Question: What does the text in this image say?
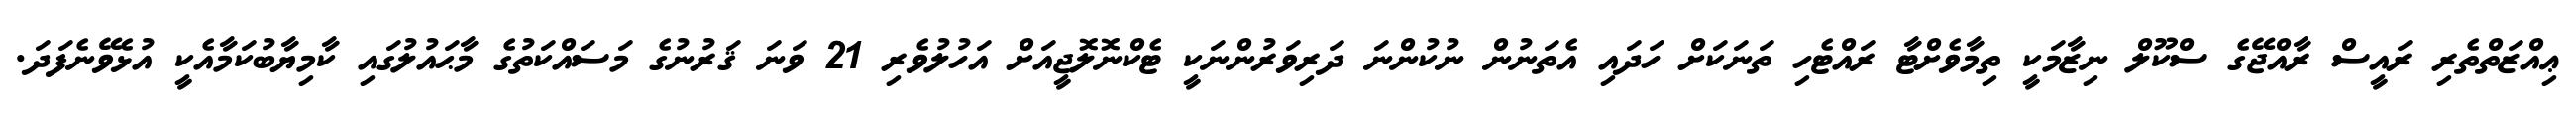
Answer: ޢިއްޒަތްތެރި ރައީސް ރާއްޖޭގެ ސްކޫލް ނިޒާމަކީ ތިމާވެށްޓާ ރައްޓެހި ތަނަކަށް ހަދައި އެތަނުން ނުކުންނަ ދަރިވަރުންނަކީ ޓެކްނޮލޮޖީއަށް އަހުލުވެރި 21 ވަނަ ޤަރުނުގެ މަސައްކަތުގެ މާޙައުލުގައި ކާމިޔާބުކަމާއެކީ އުޅެވޭނެފަދަ.